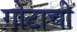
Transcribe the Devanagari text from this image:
गोटाची